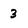
Character: 3